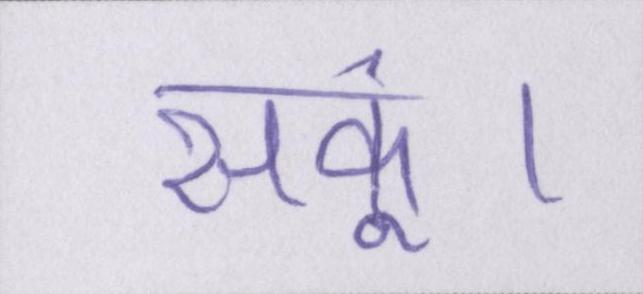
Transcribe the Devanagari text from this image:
सकूं।